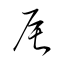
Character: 辰